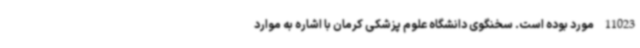
11023 مورد بوده است. سخنگوی دانشگاه علوم پزشکی کرمان با اشاره به موارد